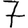
Digit: 7